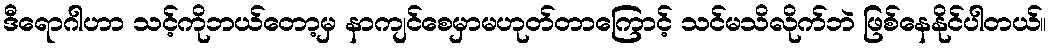
ဒီရောဂါဟာ သင့်ကိုဘယ်တော့မှ နာကျင်စေမှာမဟုတ်တာကြောင့် သင်မသိလိုက်ဘဲ ဖြစ်နေနိုင်ပါတယ်။